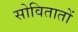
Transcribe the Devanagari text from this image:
सोवितातों